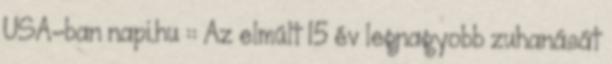
USA-ban napi.hu :: Az elmúlt 15 év legnagyobb zuhanását